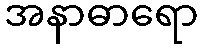
အနာဓာရော